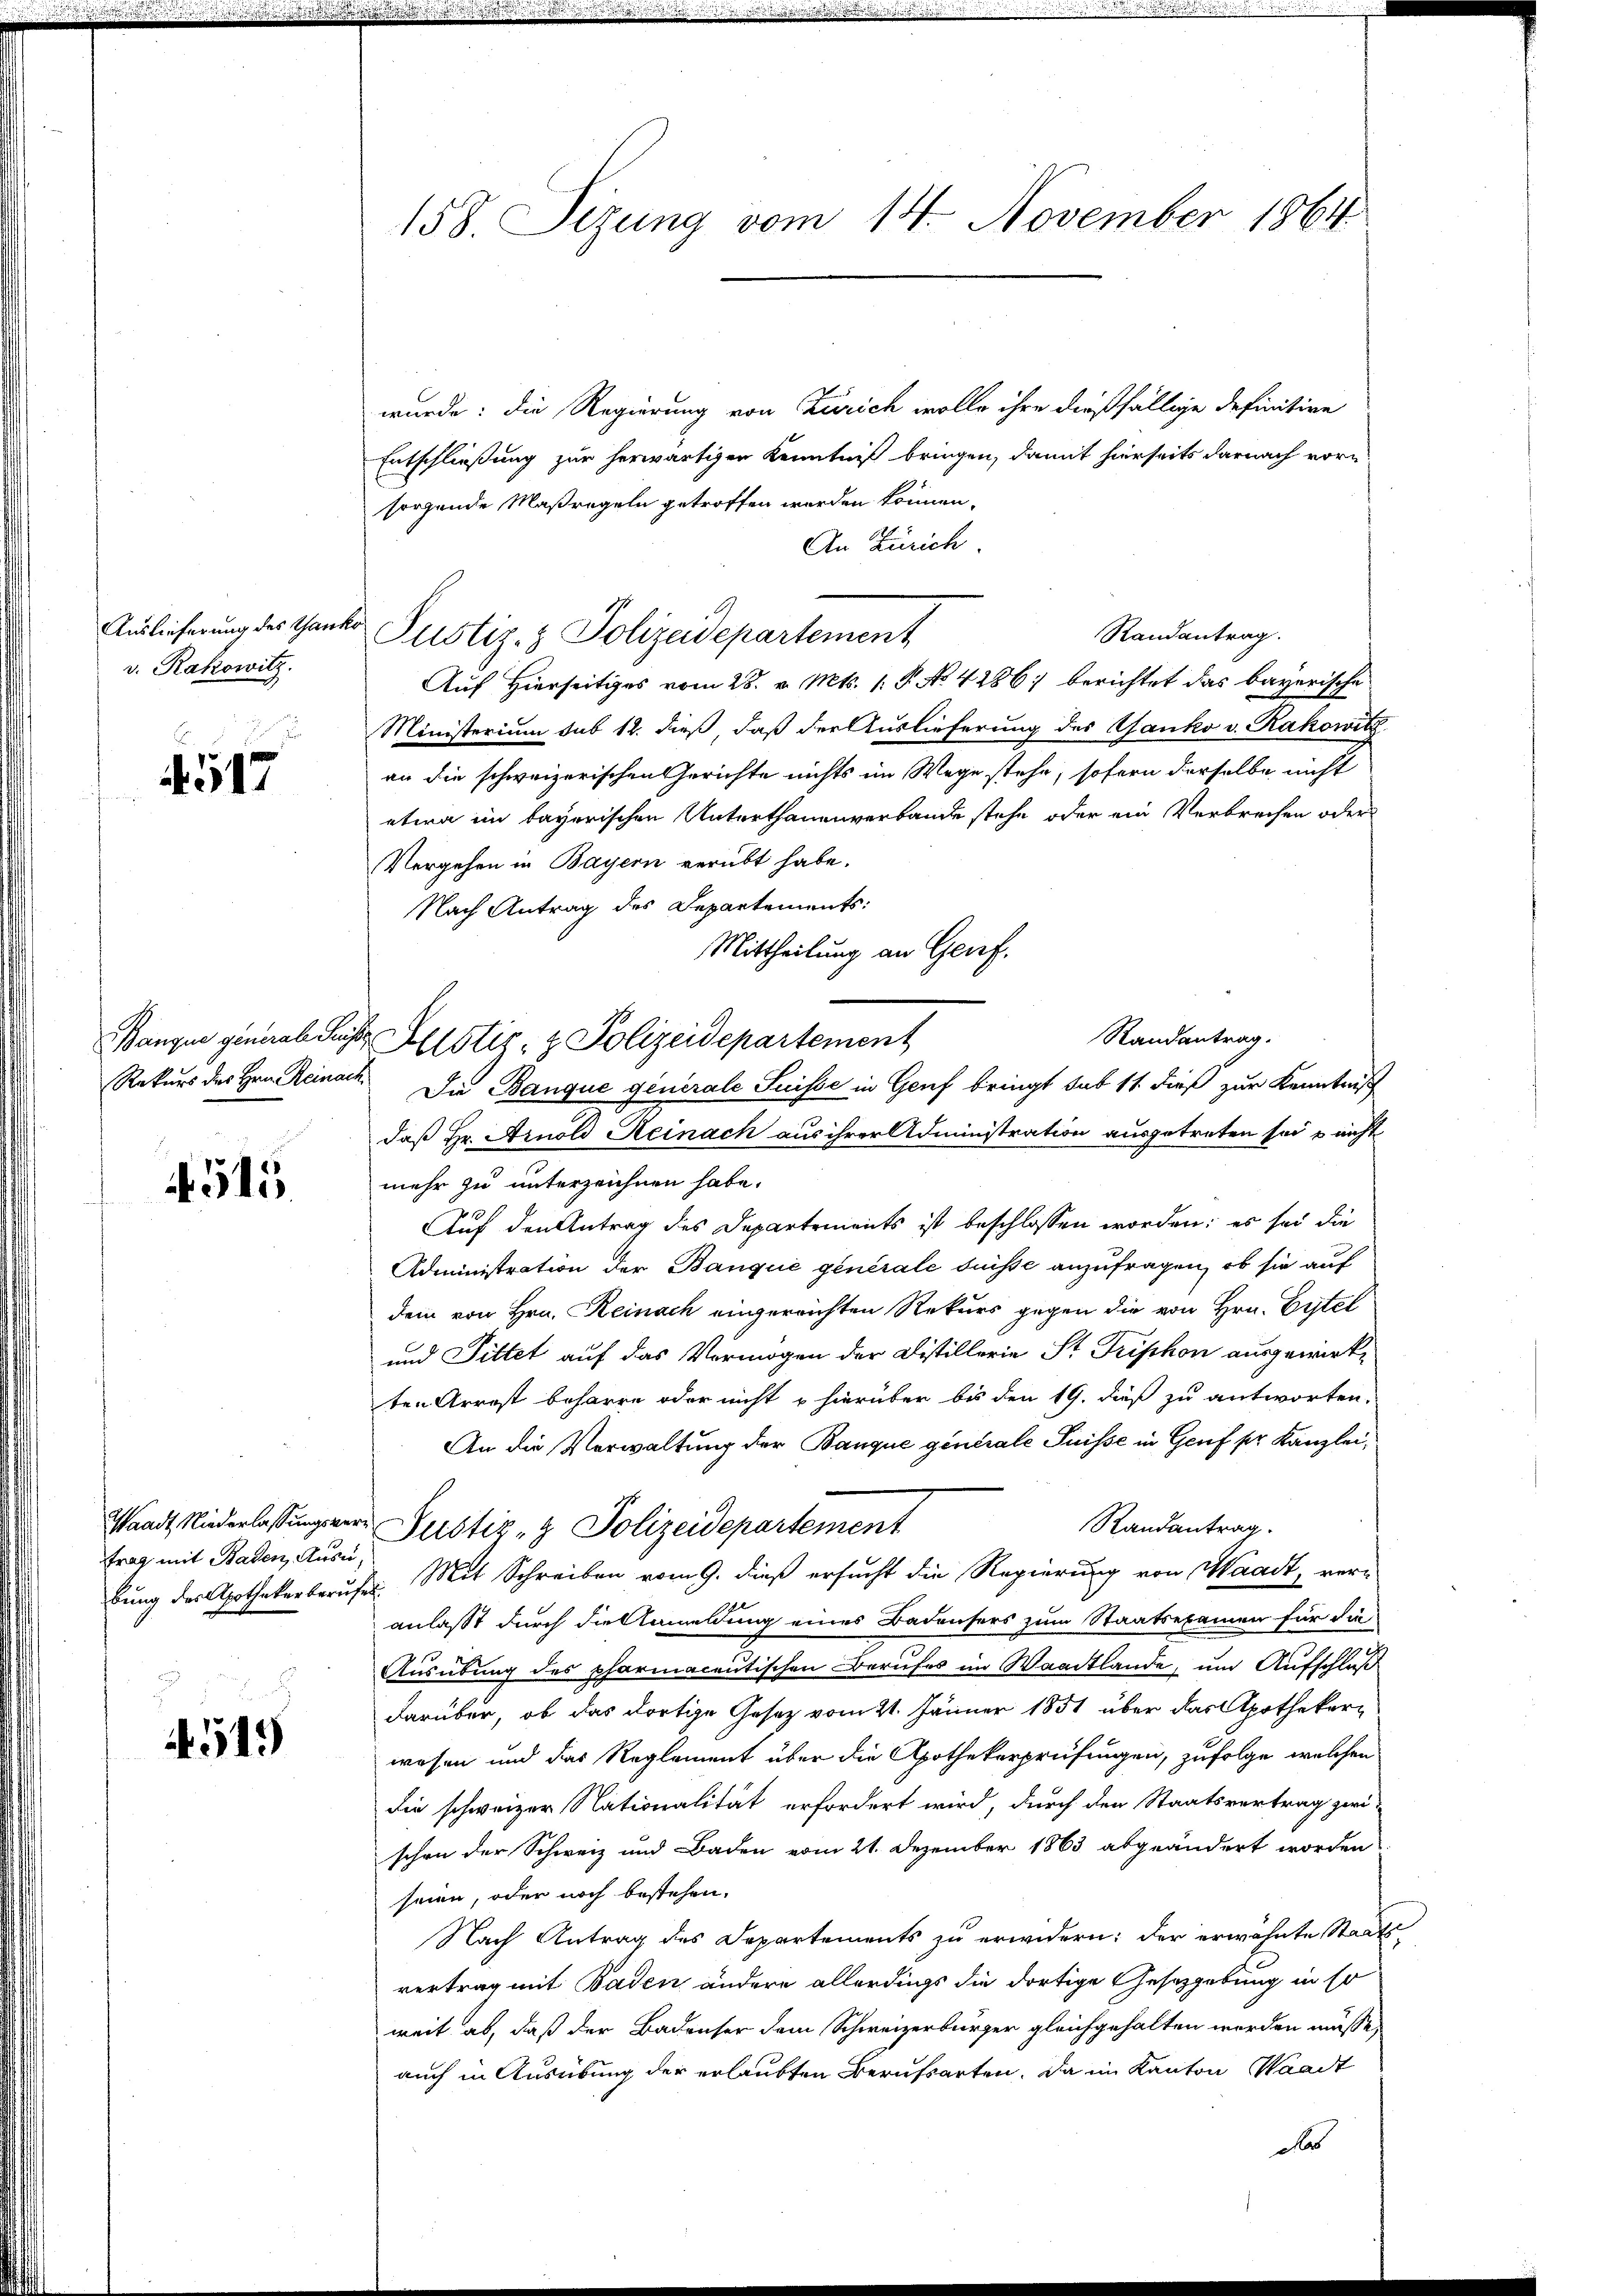
Auslieferung des Gank.
v. Rakowitz.

4517

Rekurs des Hrn. Reinach

4515.

trag mit Baden, Ausei¬

. 519

158. Sizung vom 14. November 1864

Banque general Seiche Existiz- & Polizeidepartement

wurde: die Regierung von Zürich wolle ihre dießfällige definitive
Entschließung zur herwärtigen Kenntniß bringen, damit hierseits darnach vorsorgende Maßregeln getroffen werden können.
An Zürich
Randantrag.
2o Justiz- & Polizeidepartement
Auf Hierseitiges vom 28. v. Mts. 1. P. No. 4286) berichtet das bayerische
Ministerium sub 12. dieß, daß der Auslieferung des Ganko v. Rakowitz
an die schweizerischen Gerichte nichts im Wege stehe, sofern derselbe nicht
etwa im bayerischen Unterthanenverbande stehe oder ein Verbrechen oder
Vergehen in Bayern verübt habe.
Nach Antrag des Departements:
Mittheilung an Genf.
Randantrag.
Die Banque generale Suisse in Genf bringt sub 11. dieß zur Kenntniß
daß Hr. Arnold Reinach aus ihrer Administration ausgetreten sei & nicht
mehr zu unterzeichnen habe.
Auf den Antrag des Departements ist beschlossen worden; es sei die
Administration der Banque generale buisse anzufragen, ob sie auf
dem von Hrn. Reinach eingereichten Rekurs gegen die von Hrn. Eitel
und Pittet auf das Vermögen der Distillerie St. Triphon ausgewirkten Arrest beharre oder nicht u hierüber bis den 19. dieß zu antworten.
An die Verwaltung der Banque generale Puisse in Genf sr Kanzlei,
Randantrag.
Waadt, Niederlassungsver- Pustiz- & Polizeidepartement
bung des Apothekerberufes Mit Schreiben vom 9. dieß ersucht die Regierung von Waadt, ver-
anlaßt durch die Anmeldung eines Badensers zum Staatsexamen für die
Ausübung des pharmacentischen Berufes im Waadtlande, um Aufschluß
darüber, ob das dortige Gesetz vom 21. Jänner 1851 über das Apothekarg
wesen und das Reglement über die Apothekerprüfungen, zufolge, welchen
die schweizer Nationalität erfordert wird, durch den Staatsvertrag zwi
schon der Schweiz und Baden vom 21. Dezember 1863 abgeändert worden
seien, oder noch bestehen.
Nach Antrag des Departements zu erwidern: der erwähnte Staats-
vertrag mit Baden andere allerdings die dortige Gesetzgebung in so
weit ab, daß der Badenser dem Schweizerbürger gleichgehalten worden müsse,
auch in Ausübung der erlaubten Berufsarten. Da im Kanton Waadt
das